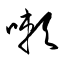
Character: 嗽